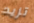
تزيد